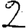
Digit: 2